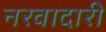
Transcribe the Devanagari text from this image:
नरवादारी